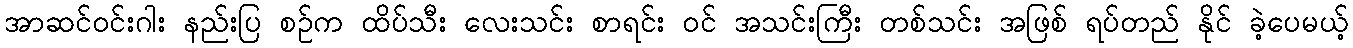
အာဆင်ဝင်းဂါး နည်းပြ စဉ်က ထိပ်သီး လေးသင်း စာရင်း ဝင် အသင်းကြီး တစ်သင်း အဖြစ် ရပ်တည် နိုင် ခဲ့ပေမယ့်